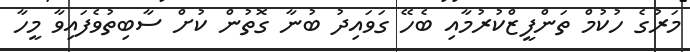
މަރުގެ ހުކުމް ތަންފީޒްކުރުމާއި ބެހޭ ގަވައިދު ބުނާ ގޮތުން ކުށް ސާބިތުވެފައިވާ މީހާ